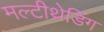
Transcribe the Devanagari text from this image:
मल्टीथ्रेडिंग